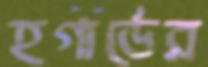
হগার্ডের